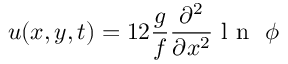
u ( x , y , t ) = 1 2 \frac { g } { f } \frac { \partial ^ { 2 } } { \partial x ^ { 2 } } \mathrm { ~ l ~ n ~ } \ \phi